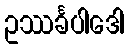
ဥဿင်္ခပါဒေါ